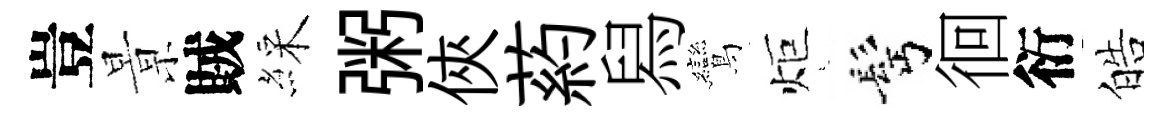
豈㬌賊綵粥俠葯舄鸞炬髩徊衍皓